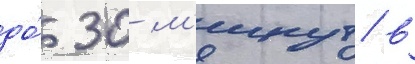
до́ 30 м'инут в